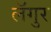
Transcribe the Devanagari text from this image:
लॅगुर